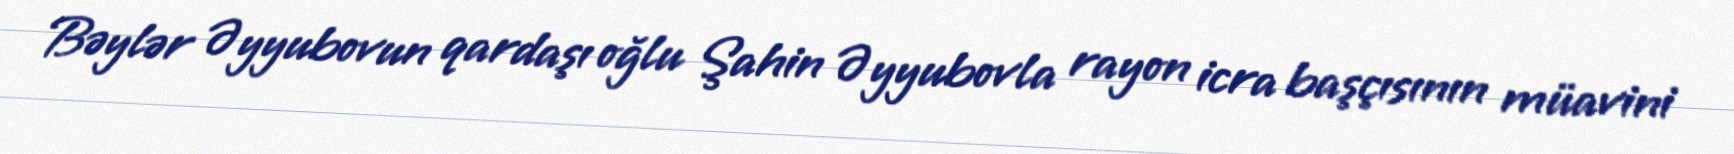
Bəylər Əyyubovun qardaşı oğlu Şahin Əyyubovla rayon icra başçısının müavini